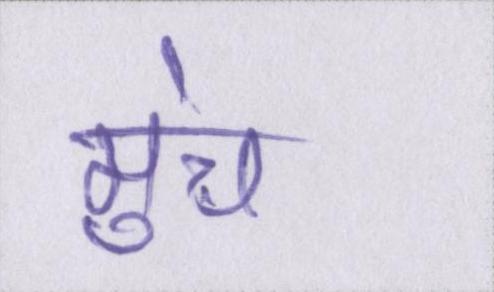
मुंच